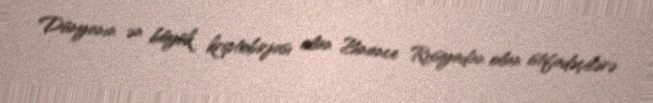
Dünyanın ən böyük kriptobirjası olan Binance Rusiyadan olan istifadəçilərə